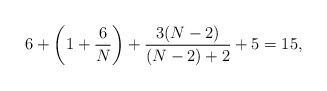
\begin{align*}6+\left(1+\frac6N\right)+\frac{3(N-2)}{(N-2)+2}+5 = 15,\end{align*}